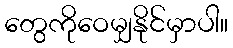
တွေကိုဝေမျှနိုင်မှာပါ။